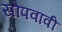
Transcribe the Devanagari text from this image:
सोपवावी